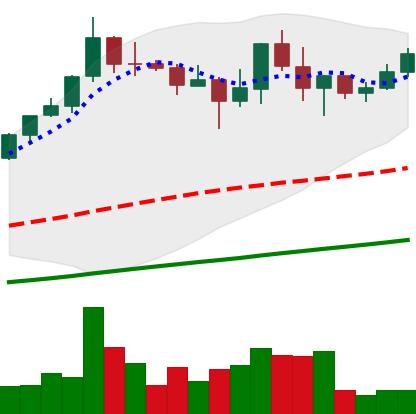
Ticker: BNB-USD
Chart end date: 2021-04-27
Forward return: 9.434%
Label: up_7plus